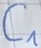
Text: C1